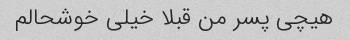
هیچی پسر من قبلا خیلی خوشحالم